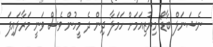
ނެޝަނަލް ބާޑޯ މިޔުޒިއަމަށް ހަމަލާ ދިން ދެ މީހުން ވެސް ވަނީ މަރާލައިފަ